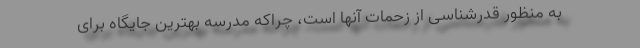
به منظور قدرشناسی از زحمات آنها است، چراکه مدرسه بهترین جایگاه برای